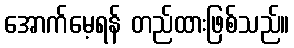
အောက်မေ့ရန် တည်ထားဖြစ်သည်။